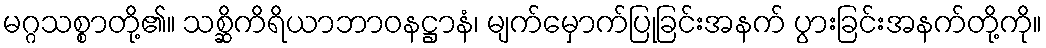
မဂ္ဂသစ္စာတို့၏။ သစ္ဆိကိရိယာဘာဝနဋ္ဌာနံ၊ မျက်မှောက်ပြုခြင်းအနက် ပွားခြင်းအနက်တို့ကို။